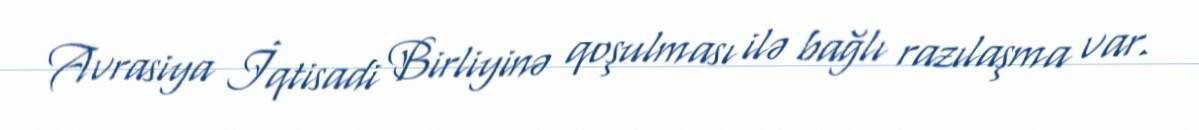
Avrasiya İqtisadi Birliyinə qoşulması ilə bağlı razılaşma var.